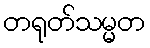
တရုတ်သမ္မတ